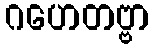
ဂဟေတဗ္ဗာ